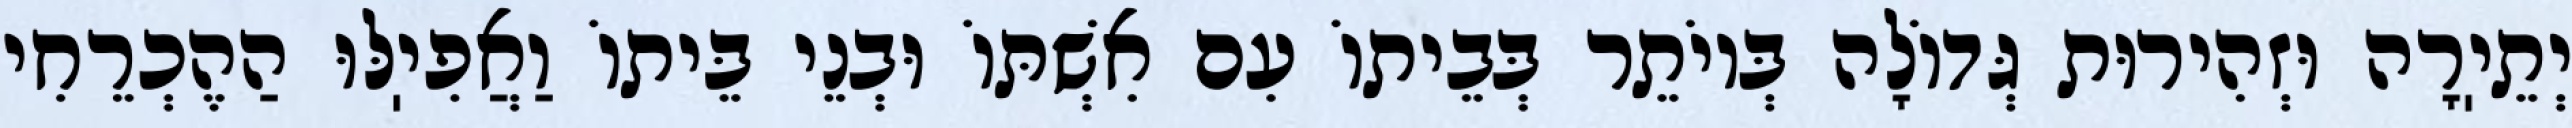
יְתֵיֽרָה וּזְהִירוּת גְּדוֹלָה בְּיוֹתֵר בְּבֵיתוֹ עִם אִשְׁתּוֹ וּבְנֵי בֵּיתוֹ וַאֲפִיֽלּוּ הַהֶכְרֵחִי